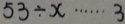
5 3 \div x \cdots 3